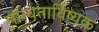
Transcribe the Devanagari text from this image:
मान्यताविष्यक